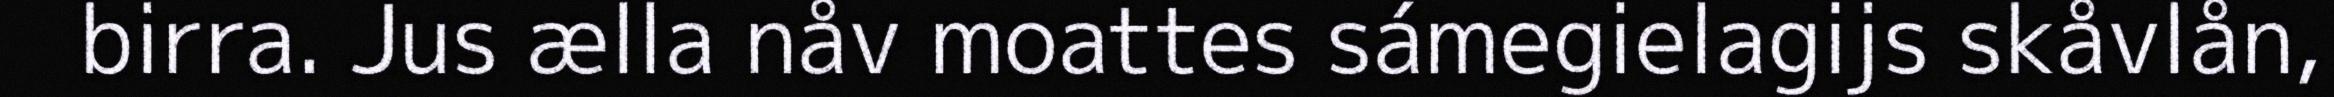
birra. Jus ælla nåv moattes sámegielagijs skåvlån,